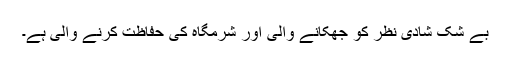
بے شک شادی نظر کو جھکانے والی اور شرمگاہ کی حفاظت کرنے والی ہے۔